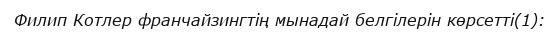
Филип Котлер франчайзингтің мынадай белгілерін көрсетті(1):